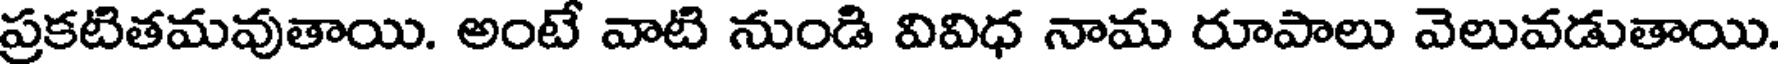
ప్రకటితమవుతాయి. అంటే వాటి నుండి వివిధ నామ రూపాలు వెలువడుతాయి.